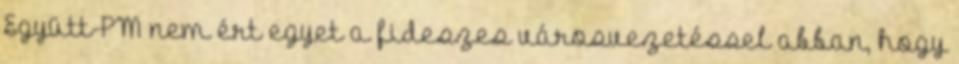
Együtt-PM nem ért egyet a fideszes városvezetéssel abban, hogy